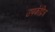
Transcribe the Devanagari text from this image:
उपकेंद्रित्र